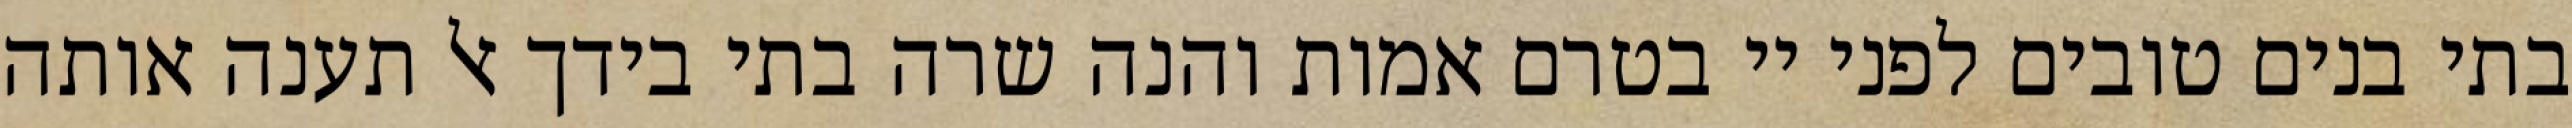
בתי בנים טובים לפני יי בטרם אמות והנה שרה בתי בידך אל תענה אותה